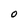
Character: O